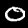
Label: 0